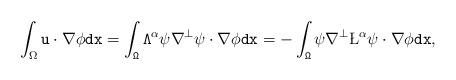
LaTeX: \begin{align*}\int_\Omega \tt u\cdot \nabla \phi dx =\int_{\Omega}\Lambda^{\alpha} \psi\nabla^\perp\psi\cdot \nabla \phi dx = -\int_{\Omega}\psi\nabla^\perp\L^{\alpha}\psi\cdot \nabla \phi dx,\end{align*}